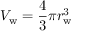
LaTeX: V _ { \mathrm { { w } } } = { \frac { 4 } { 3 } } \pi r _ { \mathrm { { w } } } ^ { 3 }